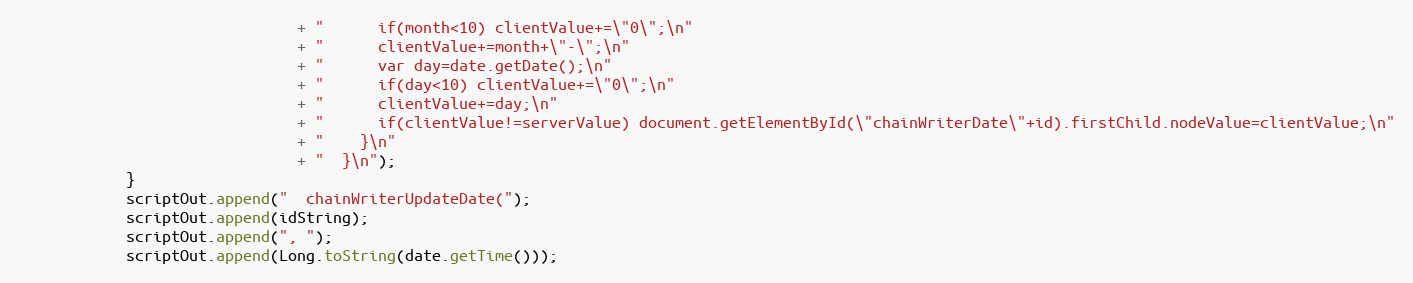
Language: Java
							   + "      if(month<10) clientValue+=\"0\";\n"
							   + "      clientValue+=month+\"-\";\n"
							   + "      var day=date.getDate();\n"
							   + "      if(day<10) clientValue+=\"0\";\n"
							   + "      clientValue+=day;\n"
							   + "      if(clientValue!=serverValue) document.getElementById(\"chainWriterDate\"+id).firstChild.nodeValue=clientValue;\n"
							   + "    }\n"
							   + "  }\n");
			}
			scriptOut.append("  chainWriterUpdateDate(");
			scriptOut.append(idString);
			scriptOut.append(", ");
			scriptOut.append(Long.toString(date.getTime()));